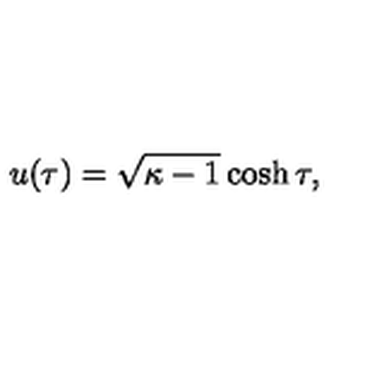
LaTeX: u ( \tau ) = \sqrt { \kappa - 1 } \cosh \tau ,